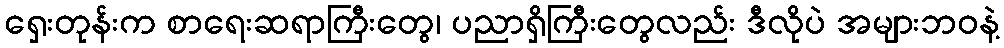
ရှေးတုန်းက စာရေးဆရာကြီးတွေ၊ ပညာရှိကြီးတွေလည်း ဒီလိုပဲ အများဘဝနဲ့